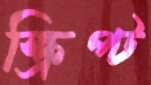
স্ক্রিপ্ট